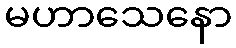
မဟာသေနော